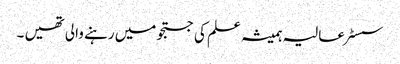
سسٹر عالیہ ہمیشہ علم کی جستجو میں رہنے والی تھیں ۔